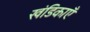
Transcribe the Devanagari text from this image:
खंडिकाएँ